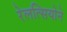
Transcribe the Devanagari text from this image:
रेलत्सियोने